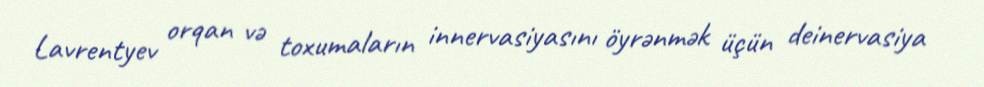
Lavrentyev orqan və toxumaların innervasiyasını öyrənmək üçün deinervasiya